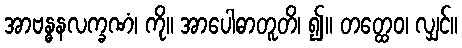
အာဗန္ဓနလက္ခဏံ၊ ကို။ အာပေါဓာတူတိ၊ ၍။ တတ္ထေဝ၊ လျှင်။